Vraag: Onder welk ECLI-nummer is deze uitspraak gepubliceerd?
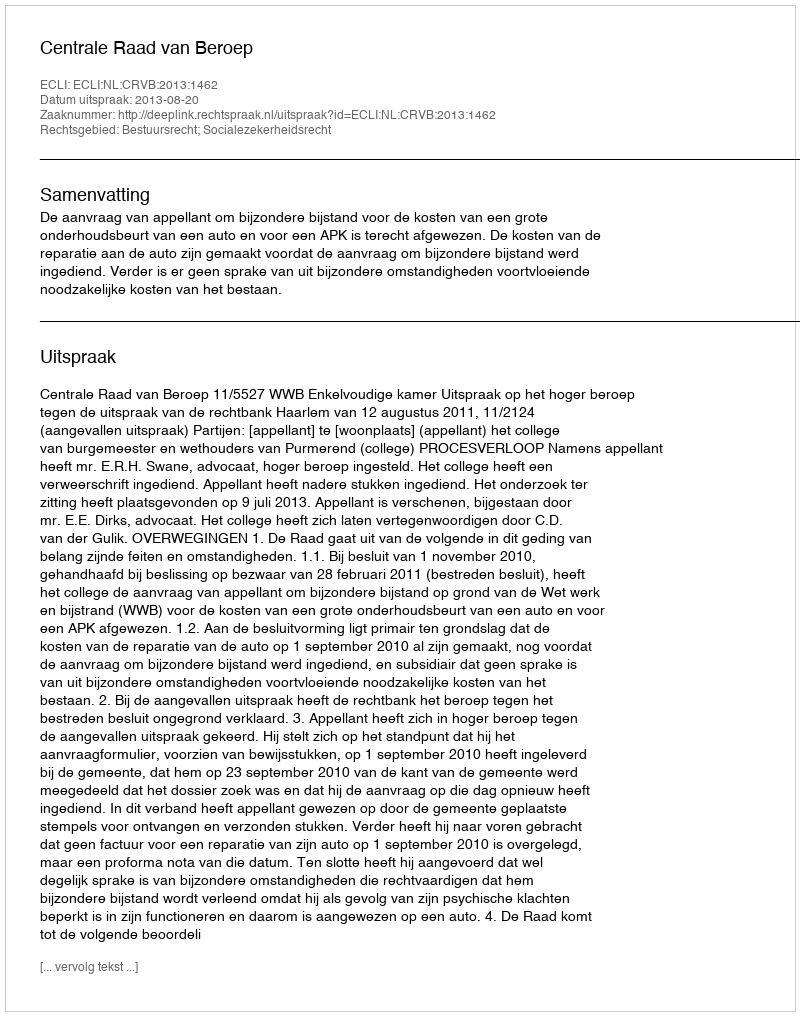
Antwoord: ECLI:NL:CRVB:2013:1462